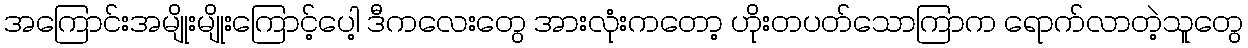
အကြောင်းအမျိုးမျိုးကြောင့်ပေါ့ ဒီကလေးတွေ အားလုံးကတော့ ဟိုးတပတ်သောကြာက ရောက်လာတဲ့သူတွေ